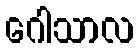
ဂေါသာလ